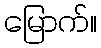
မြောက်။